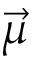
\vec { \mu }